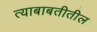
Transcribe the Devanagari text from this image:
त्‍याबाबतीतील